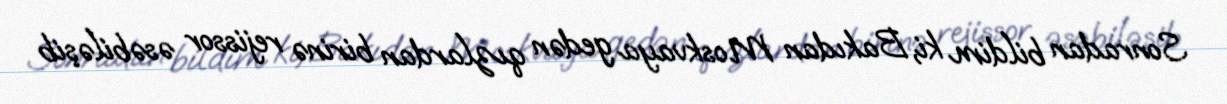
Sonradan bildim ki, Bakıdan Moskvaya gedən qızlardan birinə rejissor əsəbiləşib